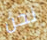
نحن